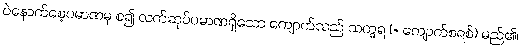
ပဲနောက်စေ့ပမာဏမှ စ၍ လက်ဆုပ်ပမာဏရှိသော ကျောက်သည် သက္ခရ (= ကျောက်စရစ်) မည်၏၊